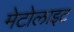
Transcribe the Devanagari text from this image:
मेटोलाइट